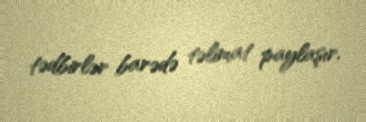
tədbirlər barədə təlimat paylaşır.